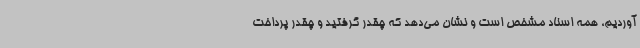
آوردیم، همه اسناد مشخص است و نشان می‌دهد که چقدر گرفتید و چقدر پرداخت